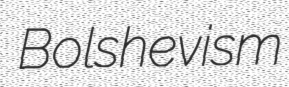
Bolshevism